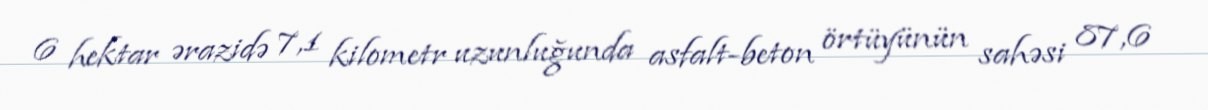
6 hektar ərazidə 7,1 kilometr uzunluğunda asfalt-beton örtüyünün sahəsi 87,6